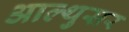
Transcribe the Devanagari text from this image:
आल्थुसर